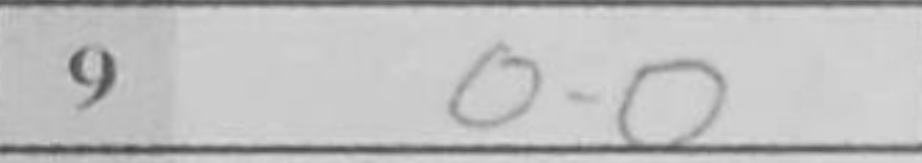
Transcription: O-O